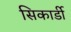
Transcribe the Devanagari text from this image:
सिकार्डी